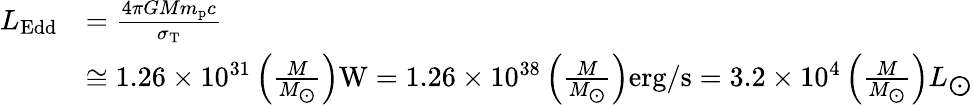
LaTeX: {\begin{array}{rl}{L_{\mathrm{{Edd}}}}&{={\frac{4\pi GMm_{\mathrm{{p}}}c}{\sigma_{\mathrm{{T}}}}}}\\ &{\cong 1.26\times 10^{31}\left({\frac{M}{M_{\bigodot}}}\right)\mathrm{{W}}=1.26\times 10^{38}\left({\frac{M}{M_{\bigodot}}}\right)\mathrm{{erg/s}}=3.2\times 10^{4}\left({\frac{M}{M_{\bigodot}}}\right)L_{\bigodot}}\end{array}}